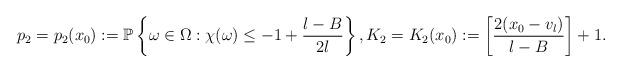
LaTeX: \begin{align*}p_2=p_2(x_0):=\mathbb P\left\{\omega\in \Omega: \chi(\omega)\le -1+\frac{l-B}{2l} \right\}, K_2=K_2(x_0):=\left[\frac{2(x_0-v_l)}{l-B}\right]+1.\end{align*}